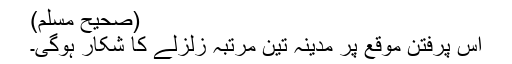
(صحیح مسلم)
اس پرفتن موقع پر مدینہ تین مرتبہ زلزلے کا شکار ہوگی۔